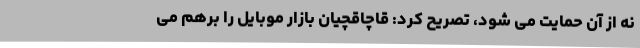
نه از آن حمایت می شود، تصریح کرد: قاچاقچیان بازار موبایل را برهم می